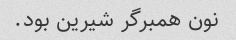
نون همبرگر شیرین بود.